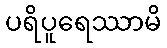
ပရိပူရေဿာမိ